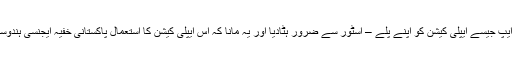
شکایت ملنے پر سرچ انجن گوگل نے اسمیش ایپ جیسے ایپلی کیشن کو اپنے پلے – اسٹور سے ضرور ہٹادیا اور یہ مانا کہ اس ایپلی کیشن کا استعمال پاکستانی خفیہ ایجنسی ہندوستان کے خلاف جاسوسی کے لیے کررہی تھی۔